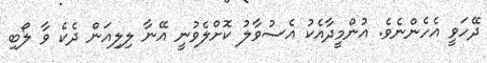
ދޭހަވީ އެހެންނެވެ. އުންމީދާއެކު އެސުވާލު ކޮށްލެވުނީ އޭނާ ލިލިއަން ދެކެ ވާ ލޯބި